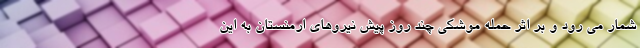
شمار می رود و بر اثر حمله موشکی چند روز پیش نیروهای ارمنستان به این